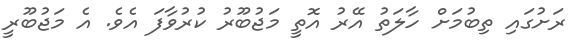
ރަށުގައި ތިބުމަށް ހާލަތު އޭރު އޮތީ މަޖުބޫރު ކުރުވާފަ އެވެ. އެ މަޖުބޫރީ